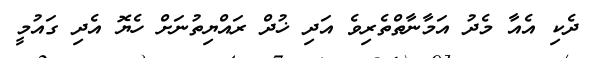
ދެކި އެއާ މެދު އަމާނާތްތެރިވެ އަދި ޚުދް ރައްޔިތުނަށް ހެޔޮ އެދި ގައުމީ